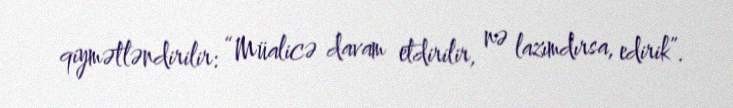
qiymətləndirilir: “Müalicə davam etdirilir, nə lazımdırsa, edirik”.